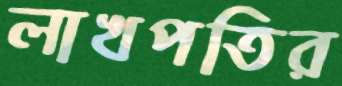
লাখপতির